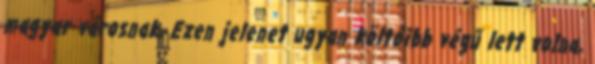
magyar városnak. Ezen jelenet ugyan költőibb végű lett volna,